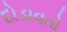
દોડાવતો